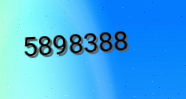
5898388